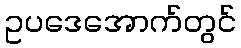
ဥပဒေအောက်တွင်